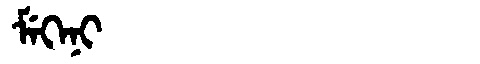
Manchu: ᠮᡝᡴᡝᠨᡳ
Romanization: MEKENI